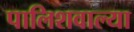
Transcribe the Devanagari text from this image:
पालिशवाल्या